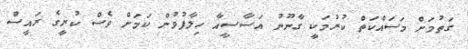
ގަތުމަށް މަސައްކަތް ކުރުމަކީ ގާނޫނު އަސާސީއާ ހިލާފުވުން ކަމަށް ވެސް ކުރީގެ ރައީސް